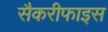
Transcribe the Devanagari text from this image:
सैकरीफाइस